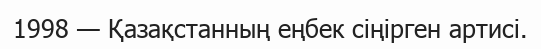
1998 — Қазақстанның еңбек сіңірген артисі.